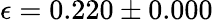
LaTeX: \epsilon=0.220\pm 0.000